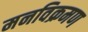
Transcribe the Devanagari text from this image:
मनविक्रमण